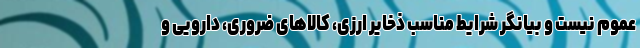
عموم نیست و بیانگر شرایط مناسب ذخایر ارزی، کالاهای ضروری، دارویی و